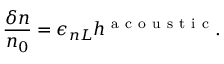
\frac { \delta n } { n _ { 0 } } = \epsilon _ { n L } h ^ { \mathrm { ~ a ~ c ~ o ~ u ~ s ~ t ~ i ~ c ~ } } .